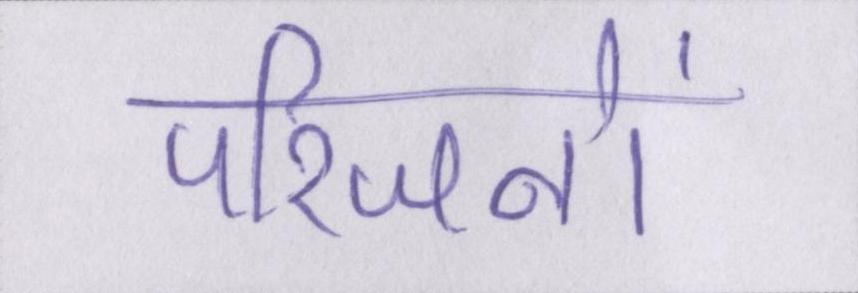
परिजनों